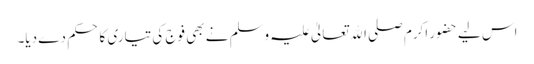
اس لیے حضور اکرم صلی اﷲ تعالیٰ علیہ وسلم نے بھی فوج کی تیاری کا حکم دے دیا۔